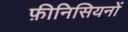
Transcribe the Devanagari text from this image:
फ़ीनिसियनों